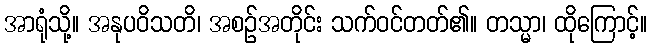
အာရုံသို့။ အနုပဝိသတိ၊ အစဉ်အတိုင်း သက်ဝင်တတ်၏။ တသ္မာ၊ ထိုကြောင့်။